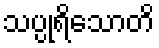
သပ္ပုရိသောတိ